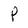
Character: P